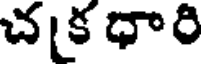
చ[క ధారి